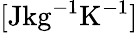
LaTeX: [\mathrm{J}\mathrm{kg}^{-1}\mathrm{K}^{-1}]